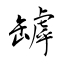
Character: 罅